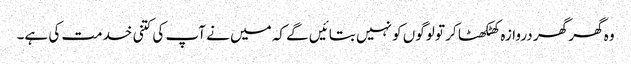
وہ گھر گھر دروازہ کھٹکھٹا کر تو لوگوں کو نہیں بتائیں گے کہ میں نے آپ کی کتنی خدمت کی ہے۔